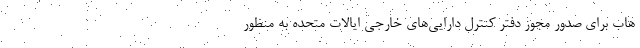
هاب برای صدور مجوز دفتر کنترل دارایی‌های خارجی ایالات متحده به منظور